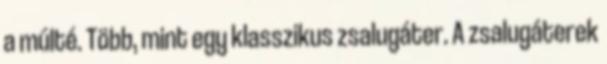
a múlté. Több, mint egy klasszikus zsalugáter. A zsalugáterek